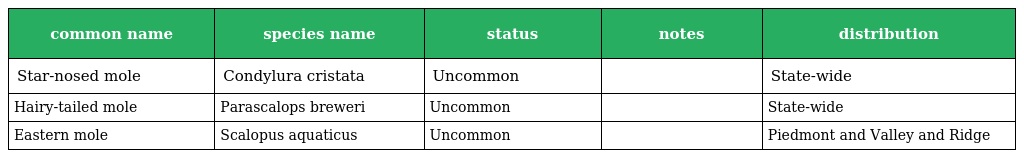
| common name | species name | status | notes | distribution |
 | --- | --- | --- | --- | --- |
 | Star-nosed mole | Condylura cristata | Uncommon |  | State-wide |
 | Hairy-tailed mole | Parascalops breweri | Uncommon |  | State-wide |
 | Eastern mole | Scalopus aquaticus | Uncommon |  | Piedmont and Valley and Ridge |